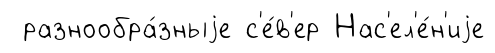
разнообра́зныjе с'е́в'ер Нас'ел'е́н'иjе